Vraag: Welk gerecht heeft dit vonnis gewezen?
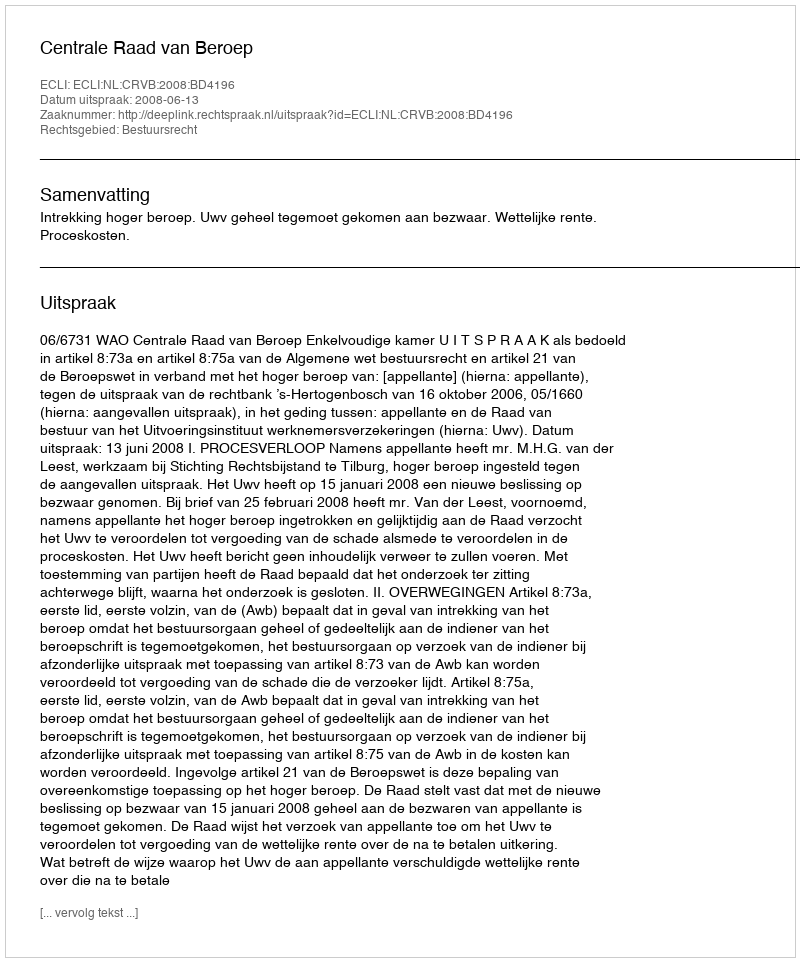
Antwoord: Centrale Raad van Beroep